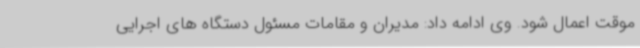
موقت اعمال شود. وی ادامه داد: مدیران و مقامات مسئول دستگاه های اجرایی